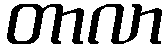
တာလာ